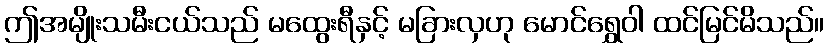
ဤအမျိုးသမီးငယ်သည် မထွေးရီနှင့် မခြားလှဟု မောင်ရွှေဝါ ထင်မြင်မိသည်။